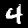
Label: 4